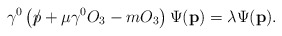
\begin{align*}\gamma^0 \left ( \rlap\slash p+\mu\gamma^0 O_3-m O_3 \right ) \Psi(\mathbf{p}) = \lambda \Psi(\mathbf{p}).\end{align*}